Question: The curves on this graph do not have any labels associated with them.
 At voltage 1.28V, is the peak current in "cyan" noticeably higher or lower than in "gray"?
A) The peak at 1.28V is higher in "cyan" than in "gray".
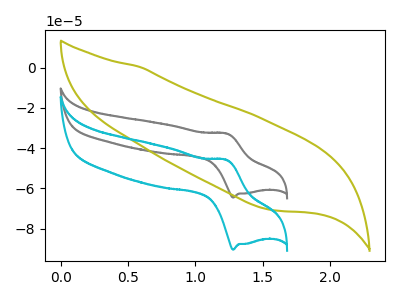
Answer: <think>The gray curve "gray" has an anodic peak at (1.25V, -32.75uA) and a cathodic peak at (1.30V, -64.60uA). The olive curve "olive" has no peaks. The cyan curve "cyan" has an anodic peak at (1.25V, -45.90uA) and a cathodic peak at (1.30V, -90.50uA).</think>
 <answer>A) The peak at 1.28V is higher in "cyan" than in "gray".</answer>
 <eval>A</eval>